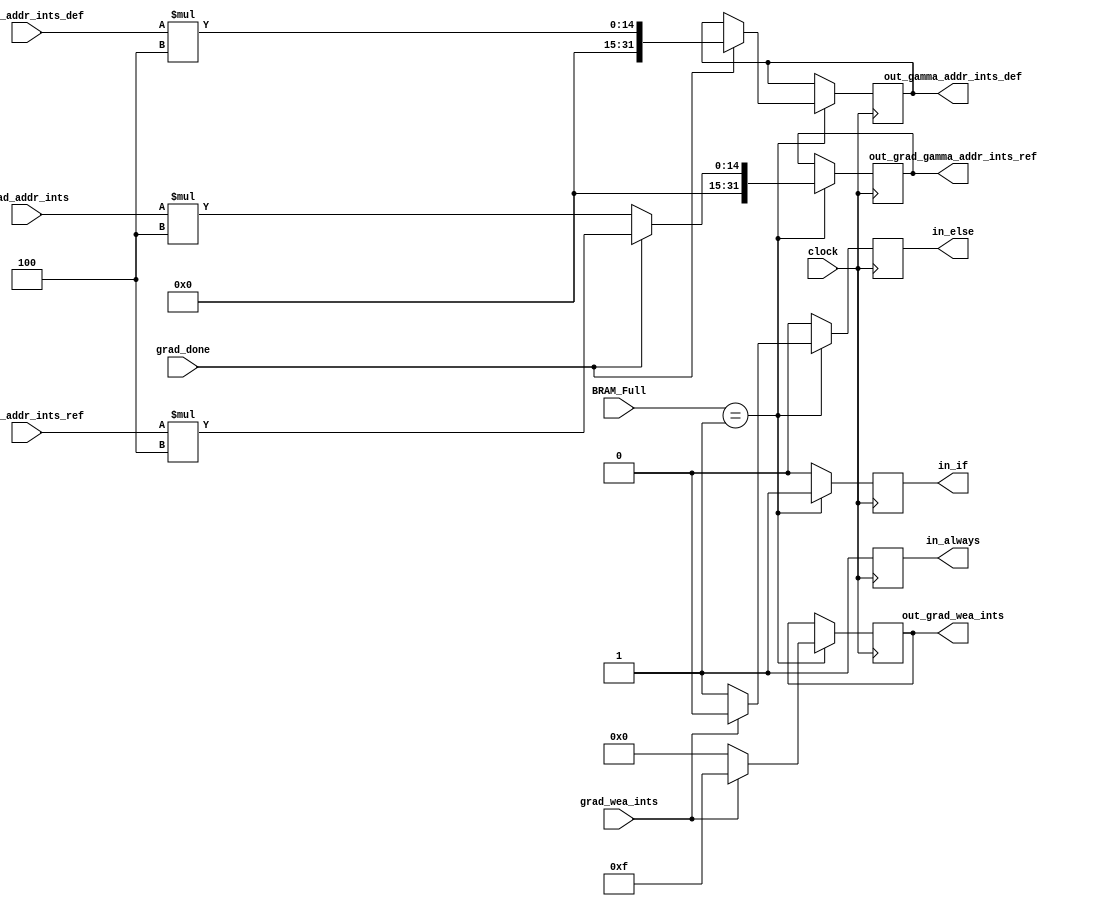
`timescale 1ns / 1ps

module Read_Write(
    input clock,
    input grad_done,
    input grad_wea_ints,
    input [31:0] BRAM_Full,
    input [11:0] grad_addr_ints,
    input [11:0] gamma_addr_ints_ref,
    input [11:0] gamma_addr_ints_def,
    output reg [3:0] out_grad_wea_ints,
    output reg [31:0] out_grad_gamma_addr_ints_ref,
    output reg [31:0] out_gamma_addr_ints_def,
    output reg in_if,
    output reg in_else,
    output reg in_always
    );
    
    //reg [5:0] state = 6'b000000;
    
    always @(posedge clock)
    begin
        in_if = 1'b0;
        in_else = 1'b0;
        in_always = 1'b0;
        if(BRAM_Full == 32'b1)
        begin
            in_if = 1'b1;
            if(grad_wea_ints == 1'b1)
            begin
                out_grad_wea_ints = 4'b1111;
            end
            else
            begin
                in_else = 1'b1;
                out_grad_wea_ints = 4'b0000;
            end            
            if(grad_done == 1'b0)
            begin
                out_grad_gamma_addr_ints_ref = grad_addr_ints * 4;
            end
            else
            begin
                out_grad_gamma_addr_ints_ref = gamma_addr_ints_ref * 4;
                out_gamma_addr_ints_def = gamma_addr_ints_def * 4;
            end
        end
        in_always = 1'b1;       
        /*if(BRAM_Full == 32'b1)
        begin
            out_grad_ints_ea_ref_def = grad_ints_ea_ref_def;
            if(grad_ints_wea_ref_def == 1'b1)
            begin
                out_grad_ints_wea_ref_def = 4'b1111;
            end
            else
            begin
                out_grad_ints_wea_ref_def = 4'b0000;
            end
            if(grad_done == 1'b0)
            begin
                out_grad_gamma_ints_addr_ref = grad_ints_addr_ref * 4;
                out_grad_gamma_ints_dout_ref = grad_ints_dout_ref;
            end
            else
            begin
                out_grad_gamma_ints_addr_ref = gamma_ints_addr_ref * 4;
                out_grad_gamma_ints_dout_ref = gamma_ints_dout_ref;
            end
            out_grad_ints_din_ref_def = grad_ints_din_ref_def;
            out_gamma_ints_addr_def = gamma_ints_addr_def * 4;
            out_gamma_ints_dout_def = gamma_ints_dout_def;
        end*/
        /*case(state)
        6'b000000:
        begin
            we_ref = 4'b0000;
            we_def = 4'b0000;
            ea_ref = 1'b1; 
            ea_def = 1'b1; 
            flag = 1'b0;
            addr_ref = 32'b000100000100; //104
            addr_def = 32'b000100000100; //104
            if (bram_data_in_def != 32'b0)
            begin             
                state = 6'b000001;
            end
            else
            begin
                state = 6'b000000;  
            end
        end
        6'b000001:
        begin
            addr_ref = 32'b000100000100; //104
            addr_def = 32'b000100000100; //104              
            state = 6'b000010;             
        end
        6'b000010:
        begin
            state = 6'b000011; 
        end
        6'b000011:
        begin
            state = 6'b000100;
        end
        6'b000100:
        begin
            bram_data_out_1_ref = bram_data_in_ref;
            bram_data_out_1_def = bram_data_in_def;
            addr_ref = 32'b00000000000000000000000011111100; //0FC
            addr_def = 32'b00000000000000000000000011111100; //0FC
            state = 6'b000101; 
        end
        6'b000101:
        begin
            state = 6'b000110; 
        end
        6'b000110:
        begin
            state = 6'b000111; 
        end
        6'b000111:
        begin
            state = 6'b001000; 
        end            
        6'b001000:
        begin
            bram_data_out_2_ref = bram_data_in_ref;
            bram_data_out_2_def = bram_data_in_def;
            addr_ref = 32'b00000000000000000010111111111000; //2FF8
            addr_def = 32'b00000000000000000010111111111000; //2FF8
            state = 6'b001001; 
        end
        6'b001001:
        begin
            state = 6'b001010;
        end
        6'b001010:
        begin
            state = 6'b001011; 
        end
        6'b001011:
        begin
            state = 6'b001100;
        end
        6'b001100:
        begin
            bram_data_out_3_ref = bram_data_in_ref;
            bram_data_out_3_def = bram_data_in_def;
            addr_ref = 32'b01000111111000; //11F8
            addr_def = 32'b01000111111000; //11F8
            state = 6'b001101; 
        end 
        6'b001101:
        begin
            state = 6'b001110; 
        end
        6'b001110:
        begin
            state = 6'b001111;
        end
        6'b001111:
        begin
            state = 6'b010000;
        end
        6'b010000:
        begin
            bram_data_out_4_ref = bram_data_in_ref;
            bram_data_out_4_def = bram_data_in_def;
            addr_ref = 32'b11111111111100; // 3FFC max
            addr_def = 32'b11111111111100; // 3FFC max
            state = 6'b010001;
        end
        6'b010001:
        begin
            state = 6'b010010;
        end
        6'b010010:
        begin
            state = 6'b010011;
        end
        6'b010011:
        begin
            state = 6'b010100;
        end
        6'b010100:
        begin
            bram_data_out_5_ref = bram_data_in_ref;
            bram_data_out_5_def = bram_data_in_def;
            state = 6'b010101;
        end
        6'b010101:
        begin
            flag = 1'b1;
            state = 6'b000001; 
        end
        endcase*/
    end
endmodule